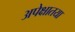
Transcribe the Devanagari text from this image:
अपेक्षातया